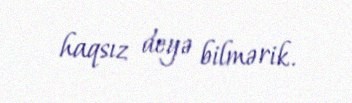
haqsız deyə bilmərik.